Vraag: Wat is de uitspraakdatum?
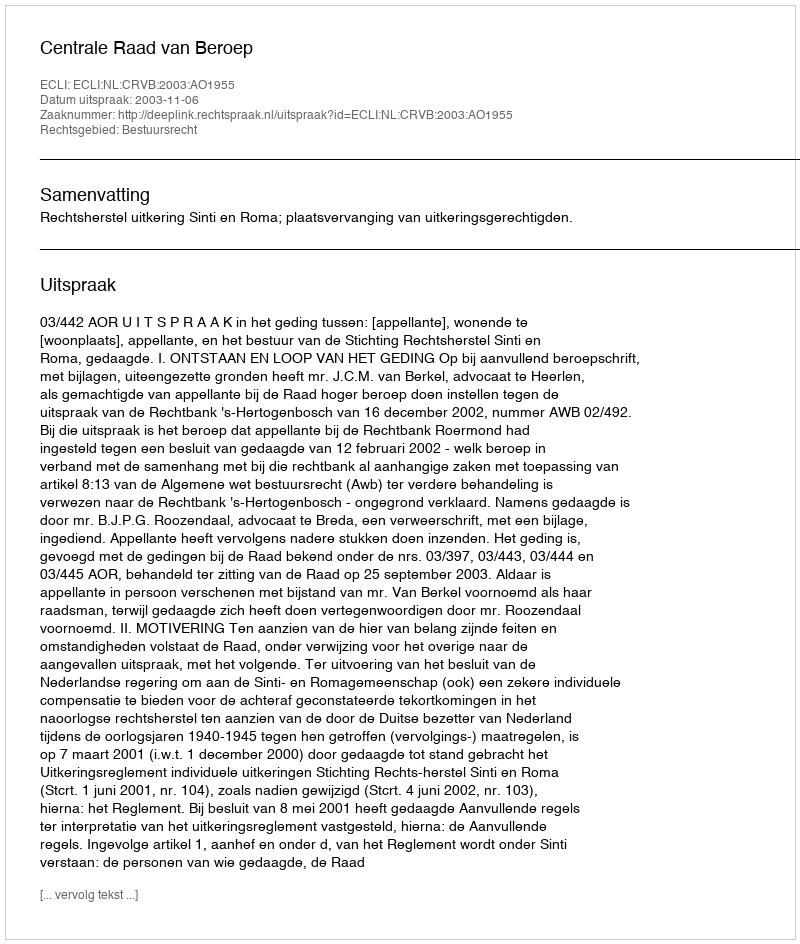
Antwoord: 2003-11-06